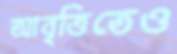
আবৃত্তিতেও